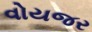
વોયજર